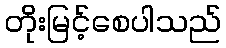
တိုးမြင့်စေပါသည်